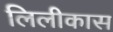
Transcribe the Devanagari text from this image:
लिलीकास